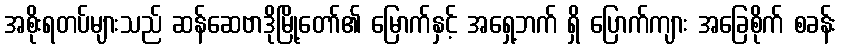
အစိုးရတပ်များသည် ဆန်ဆေဗာဒိုမြို့တော်၏ မြောက်နှင့် အရှေ့ဘက် ရှိ ပြောက်ကျား အခြေစိုက် စခန်း